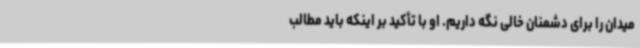
میدان را برای دشمنان خالی نگه داریم. او با تأکید بر اینکه باید مطالب